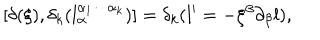
[ \delta ( \xi ) , \delta _ { k } ( l _ { \alpha } ^ { \alpha _ { 1 } \cdots \alpha _ { k } } ) ] = \delta _ { k } ( l ^ { \prime } = - \xi ^ { \beta } \partial _ { \beta } l ) ,